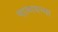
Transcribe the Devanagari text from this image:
चाळायच्या